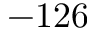
- 1 2 6